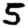
Digit: 5